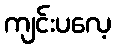
ကျင်းပလေ့